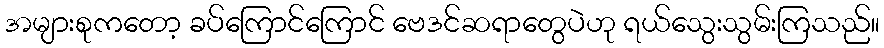
အများစုကတော့ ခပ်ကြောင်ကြောင် ဗေဒင်ဆရာတွေပဲဟု ရယ်သွေးသွမ်းကြသည်။